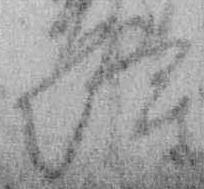
隆